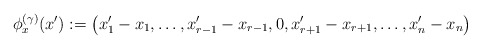
\begin{align*} \phi^{(\gamma)}_x(x') := \left(x'_1 - x_1, \dots, x'_{r - 1} - x_{r - 1}, 0, x'_{r + 1} - x_{r + 1}, \dots, x'_n - x_n\right) \end{align*}